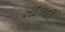
ખદબદી